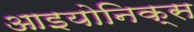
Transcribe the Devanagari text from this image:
आइयोनिक्स